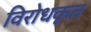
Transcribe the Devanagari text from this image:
विरोधकृत